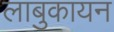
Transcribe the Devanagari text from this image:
लाबुकायन